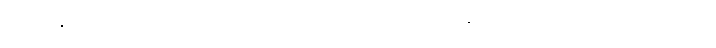
စတဲ့ နှုတ်ခမ်းသံတွေ ထည့်စပ်တာကစပြီး မေခင်ကျွန်တော့်အချစ်တော် ၊ မီးပုံပွဲ ၊